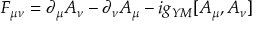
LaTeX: F _ { \mu \nu } = \partial _ { \mu } A _ { \nu } - \partial _ { \nu } A _ { \mu } - i g _ { Y M } [ A _ { \mu } , A _ { \nu } ]